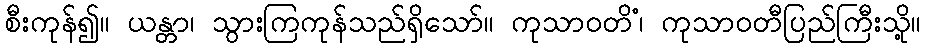
စီးကုန်၍။ ယန္တာ၊ သွားကြကုန်သည်ရှိသော်။ ကုသာဝတိံ၊ ကုသာဝတီပြည်ကြီးသို့။